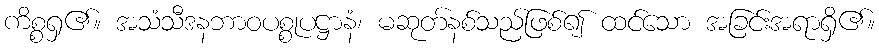
ကိစ္စရှ၏။ အသံသီဒနဘာဝပစ္စုပဋ္ဌာနံ၊ မဆုတ်နစ်သည်ဖြစ်၍ ထင်သော အခြင်းအရာရှိ၏။